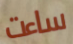
ساءت